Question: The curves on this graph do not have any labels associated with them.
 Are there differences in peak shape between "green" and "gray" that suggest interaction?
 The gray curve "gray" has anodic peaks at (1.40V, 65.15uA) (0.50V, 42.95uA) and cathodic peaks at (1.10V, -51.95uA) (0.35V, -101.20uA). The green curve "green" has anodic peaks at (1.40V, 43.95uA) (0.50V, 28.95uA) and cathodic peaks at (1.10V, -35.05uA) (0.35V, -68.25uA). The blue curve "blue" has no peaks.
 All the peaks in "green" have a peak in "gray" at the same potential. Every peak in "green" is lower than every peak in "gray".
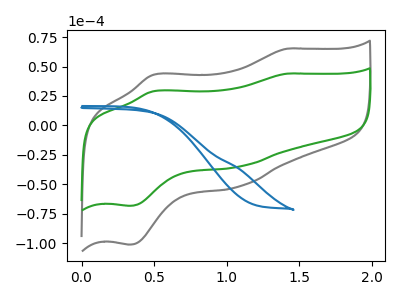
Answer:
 <answer>No, "green" and "gray" don't appear to be significantly different in shape</answer>
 <eval>no_change</eval>